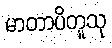
မာတာပိတူသု